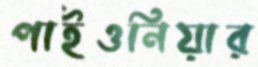
পাইওনিয়ার